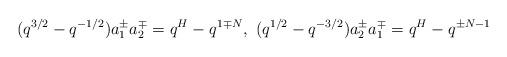
LaTeX: \begin{align*}(q^{3/2}-q^{-1/2})a^\pm_1 a^\mp_2=q^H-q^{1\mp N},\ (q^{1/2}-q^{-3/2})a^\pm_2a^\mp_1=q^H-q^{\pm N-1}\end{align*}